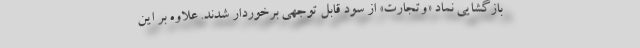
بازگشایی نماد «وتجارت» از سود قابل توجهی برخوردار شدند. علاوه بر این